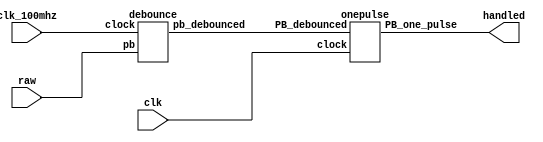
module button(
    input raw,
    input clk_100mhz,
    input clk, 
    output handled    
);
    wire debounced;
    debounce de(
    .pb(raw),
    .clock(clk_100mhz),
    .pb_debounced(debounced)
    );
    
    onepulse one(
    .PB_debounced(debounced),
    .clock(clk),
    .PB_one_pulse(handled)
    ); 
   
endmodule 


module debounce (pb, clock, pb_debounced); 
	output pb_debounced;
	input pb, clock;
	reg [3:0] DFF;
	always @(posedge clock) begin
		DFF[3:1] <= DFF[2:0];
		DFF[0] <= pb;
	end
	
	assign pb_debounced = ((DFF == 4'b1111) ? 1'b1 : 1'b0); 

endmodule


module onepulse (PB_debounced, clock, PB_one_pulse);
	input PB_debounced;
	input clock;
	output reg PB_one_pulse;
	reg PB_debounced_delay;

	always @(posedge clock) begin
		PB_one_pulse <= PB_debounced & (! PB_debounced_delay);
		PB_debounced_delay <= PB_debounced;
	end

endmodule